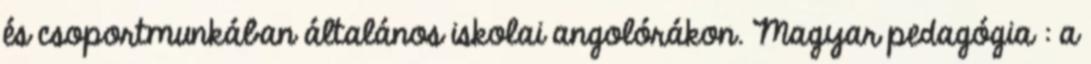
és csoportmunkában általános iskolai angolórákon. Magyar pedagógia : a